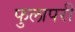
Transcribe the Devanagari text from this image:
फुलापरी